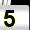
Digit: 5